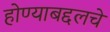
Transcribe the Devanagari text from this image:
होण्याबद्दलचे